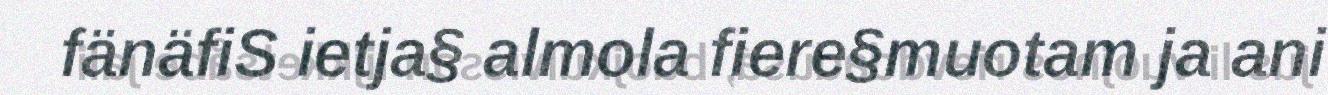
fänäfiS ietja§ almola fiere§muotam ja ani